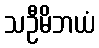
သဦမိဘယံ